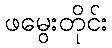
ဖမွေးတိုင်း